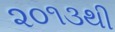
૨૦૧૩થી